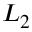
L _ { 2 }